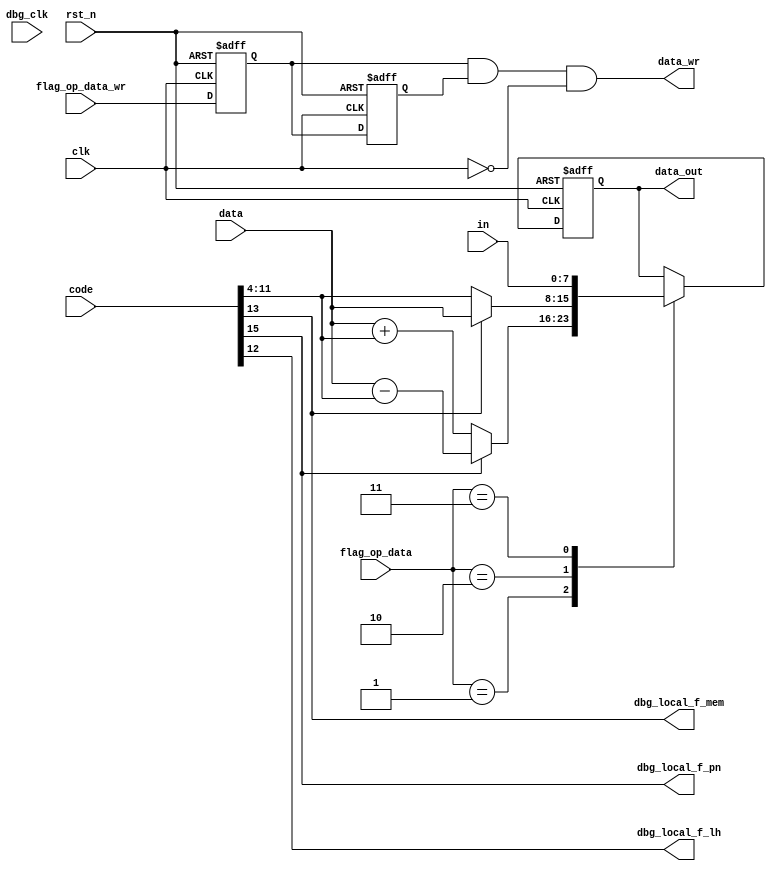
`timescale 1ns / 1ps

module op_data
#(
    parameter DATA_BITWIDTH = 8,
    parameter CODE_BITWIDTH = 16,
    parameter ADDR_BITWIDTH = 16,

    parameter DATA_NOP = 2'h0,
    parameter DATA_MOD = 2'h1,
    parameter DATA_SET = 2'h2,
    parameter DATA_GET = 2'h3
)
(
    input   clk,
    input   rst_n,

    input   [1:0] flag_op_data,
    input   flag_op_data_wr,
    input   [CODE_BITWIDTH-1:0] code,
    input   [DATA_BITWIDTH-1:0] data,
    input   [DATA_BITWIDTH-1:0] in,
    output  [DATA_BITWIDTH-1:0] data_out,
    output  data_wr,

    input   dbg_clk,
    output  dbg_local_f_pn,
    output  dbg_local_f_mem,
    output  dbg_local_f_lh
);

    wire [11:0] _inst12;
    wire [10:0] _inst11;
    wire [7:0] _inst8;
    assign _inst12 = code[15:4];
    assign _inst11 = code[14:4];
    assign _inst8 = code[11:4];
    assign _f_pn = code[15];
    assign _f_mem = code[13];
    assign _f_lh = code[12];

    assign dbg_local_f_pn = _f_pn;
    assign dbg_local_f_mem = _f_mem;
    assign dbg_local_f_lh = _f_lh;


    reg [7:0] r_data_out = 8'h00;
    assign data_out = r_data_out;

    always @(posedge clk or negedge rst_n) begin
        if (~rst_n) begin
            r_data_out <= 8'h00;
        end else case (flag_op_data)
        DATA_NOP:   ;
        DATA_MOD:   if (_f_pn) r_data_out <= data - _inst8;
                    else r_data_out <= data + _inst8;
        DATA_SET:   if (_f_mem) r_data_out <= data;
                    else r_data_out <= _inst8;
        DATA_GET:   r_data_out <= in;
        default:    ;
        endcase
    end

    reg r_data_wr = 1'b0;
    reg r_data_wr_delay = 1'b0;
    assign data_wr = r_data_wr & r_data_wr_delay & ~clk;

    always @(posedge clk or negedge rst_n) begin
        if (~rst_n) begin
            r_data_wr <= 1'b0;
        end else begin
            r_data_wr <= flag_op_data_wr;
        end
    end

    always @(negedge clk or negedge rst_n) begin
        if (~rst_n) begin
            r_data_wr_delay <= 1'b0;
        end else begin
            r_data_wr_delay <= r_data_wr;
        end
    end


endmodule